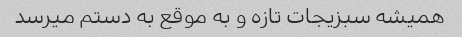
همیشه سبزیجات تازه و به موقع به دستم میرسد